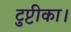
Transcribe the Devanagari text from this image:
टुप्टीका।